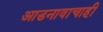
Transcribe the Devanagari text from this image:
आडनावाचाही